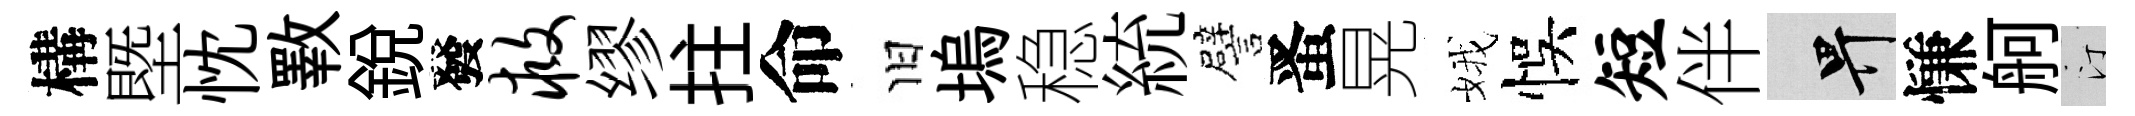
構塈忱斁銳發救缪拄命旧塢稳統譬󱉠晃娥悞短伴畀慊舸汀